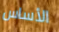
الأساس